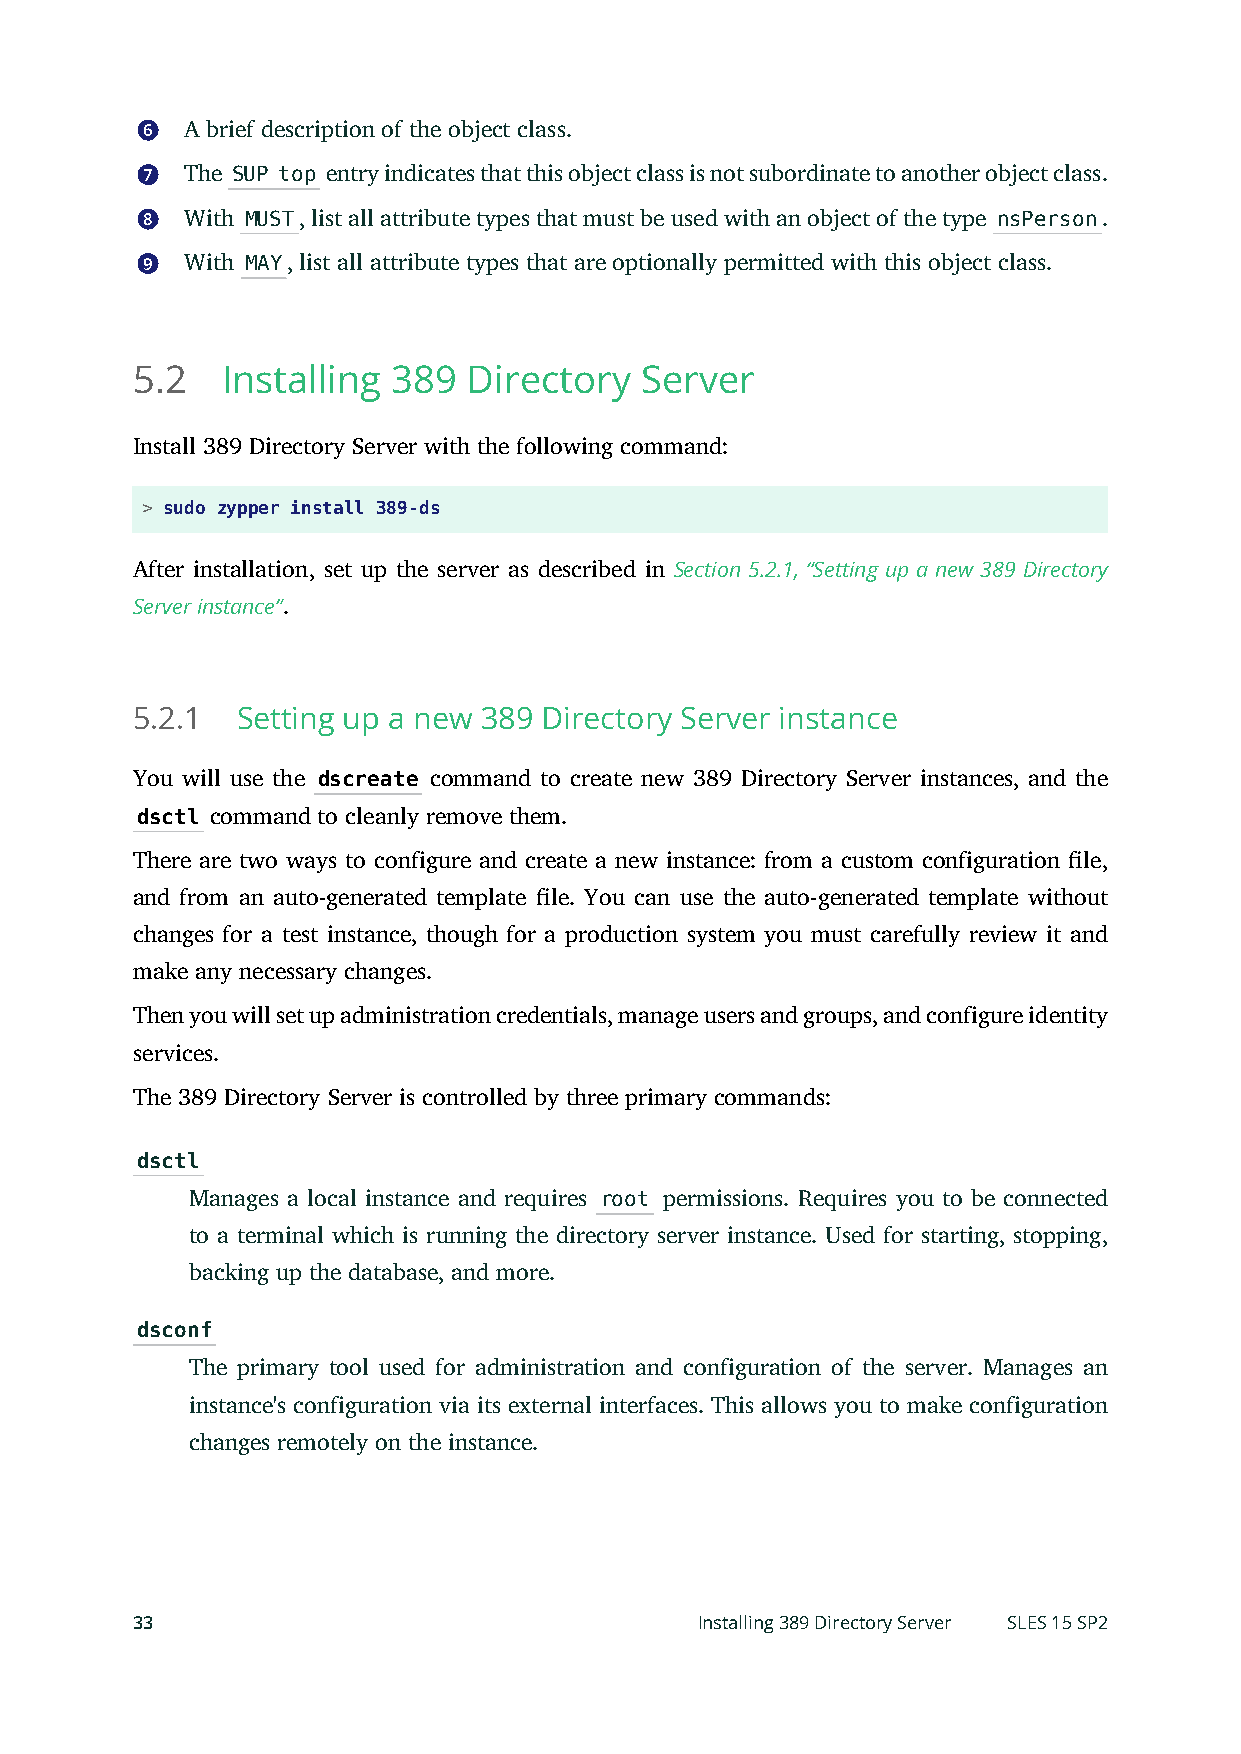
6  A brief description of the object class.
 7  The SUP top entry indicates that this object class is not subordinate to another object class.
 8  With MUST, list all attribute types that must be used with an object of the type nsPerson.
 9  With MAY, list all attribute types that are optionally permitted with this object class.
 5.2   Installing 389  Directory  Server
 Install 389 Directory Server with the following command:
 > sudo zypper install 389-ds
 After installation, set up the server as described in Section 5.2.1, “Setting up a new 389 Directory
 Server instance”.
 5.2.1  Setting up a new 389 Directory Server instance
 You will use the dscreate command to create new 389 Directory Server instances, and the
 dsctl command to cleanly remove them.
 There are two ways to configure and create a new instance: from a custom configuration le,
 and from an auto-generated template le. You can use the auto-generated template without
 changes for a test instance, though for a production system you must carefully review it and
 make any necessary changes.
 Then you will set up administration credentials, manage users and groups, and configure identity
 services.
 The 389 Directory Server is controlled by three primary commands:
 dsctl
 Manages a local instance and requires root permissions. Requires you to be connected
 to a terminal which is running the directory server instance. Used for starting, stopping,
 backing up the database, and more.
 dsconf
 The primary tool used for administration and configuration of the server. Manages an
 instance's configuration via its external interfaces. This allows you to make configuration
 changes remotely on the instance.
 33                                   Installing 389 Directory Server SLES 15 SP2